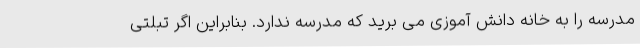
مدرسه را به خانه دانش آموزی می برید که مدرسه ندارد. بنابراین اگر تبلتی